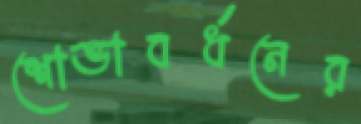
শোভাবর্ধনের